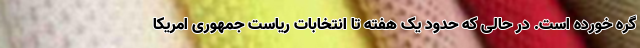
گره خورده است. در حالی که حدود یک هفته تا انتخابات ریاست جمهوری امریکا